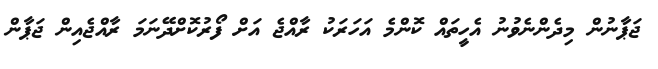
ޖަޕާނުން މިދެންނެވުނު އެހީތައް ކޮންމެ އަހަރަކު ރާއްޖެ އަށް ފޯރުކޮށްދޭނަމަ ރާއްޖެއިން ޖަޕާން